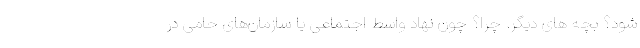
شود؟ بچه های دیگر. چرا؟ چون نهاد واسط اجتماعی یا سازمان‌های حامی در